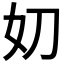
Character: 𭑪